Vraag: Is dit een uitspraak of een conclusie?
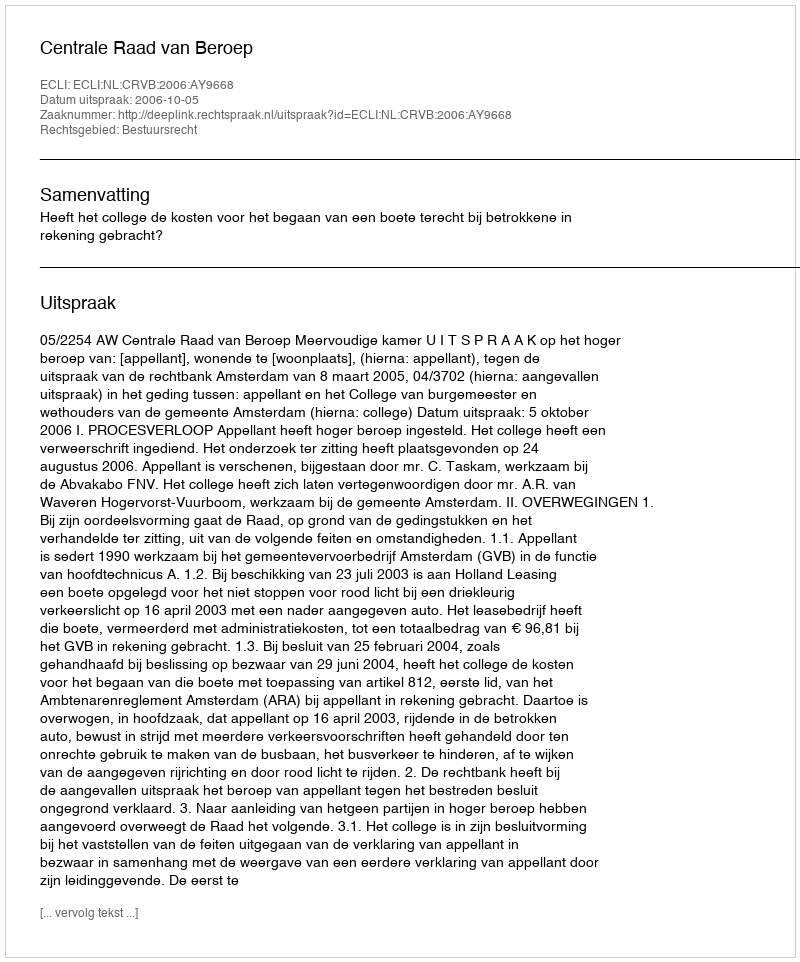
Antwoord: Uitspraak